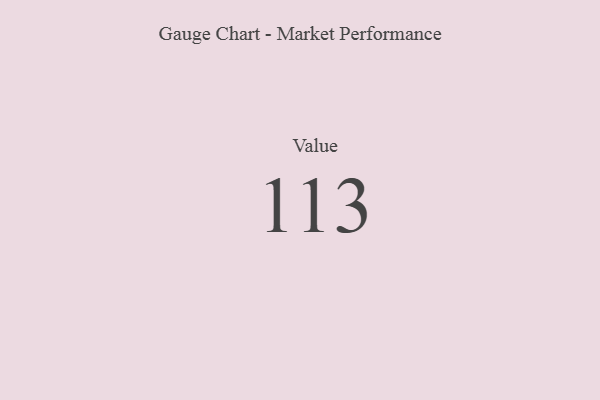
{"axis": {"x": "Metric", "y": "Value"}, "legend": [""], "data": [{"x": "Value", "y": 113, "type": ""}]}